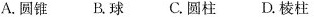
A.圆锥 B.球 C.圆柱 D.棱柱